Annual administration report of the Civil Veterinary Department of India - 1895-1896
Year: 1895
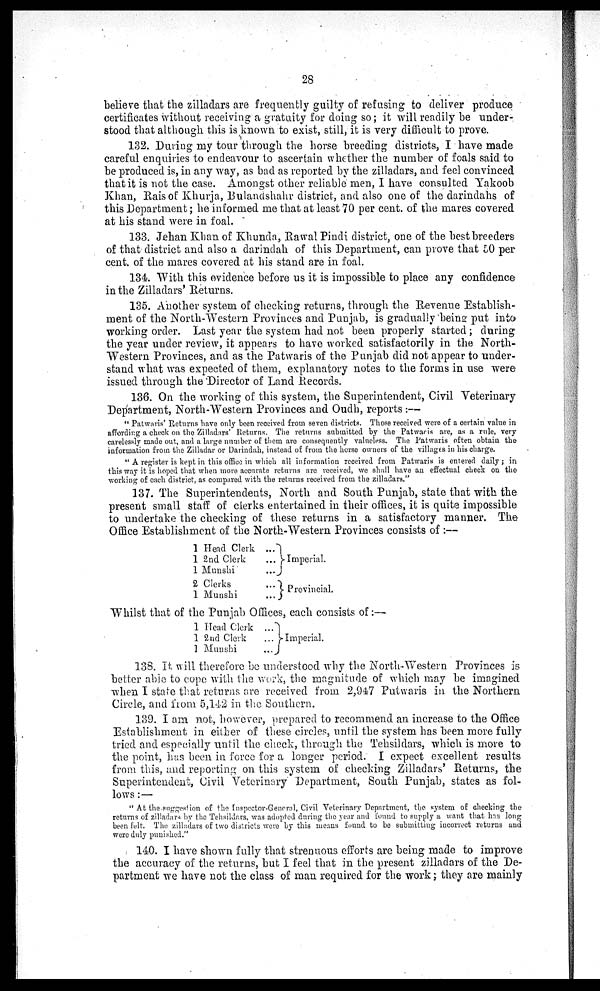
28
believe that the zilladars are frequently guilty of refusing to deliver produce
certificates without receiving a gratuity for doing so; it will readily be under-
stood that although this is known to exist, still, it is very difficult to prove.
132. During my tour through the horse breeding districts, I have made
careful enquiries to endeavour to ascertain whether the number of foals said to
be produced is, in any way, as bad as reported by the zilladars, and feel convinced
that it is not the case. Amongst other reliable men, I have consulted Yakoob
Khan, Rais of Khurja, Bulandshahr district, and also one of the darindahs of
this Department; he informed me that at least 70 per cent. of the mares covered
at his stand were in foal.
133. Jehan Khan of Khunda, Rawal Pindi district, one of the best breeders
of that district and also a darindah of this Department, can prove that 50 per
cent. of the mares covered at his stand are in foal.
134. With this evidence before us it is impossible to place any confidence
in the Zilladars' Returns.
135. Another system of checking returns, through the Revenue Establish-
ment of the North-Western Provinces and Punjab, is gradually being put into
working order. Last year the system had not been properly started; during
the year under review, it appears to have worked satisfactorily in the North-
Western Provinces, and as the Patwaris of the Punjab did not appear to under-
stand what was expected of them, explanatory notes to the forms in use were
issued through the Director of Land Records.
136. On the working of this system, the Superintendent, Civil Veterinary
Department, North-Western Provinces and Oudh, reports:—
"Patwaris' Returns have only been received from seven districts. Those received were of a certain value in
affording a check on the Zilladars' Returns. The returns submitted by the Patwaris are, as a rule, very
carelessly made out, and a large number of them are consequently valueless. The Patwaris often obtain the
information from the Zilladar or Darindah, instead of from the horse owners of the villages in his charge.
"A register is kept in this office in which all information received from Patwaris is entered daily; in
this way it is hoped that when more accurate returns are received, we shall have an effectual check on the
working of each district, as compared with the returns received from the zilladars."
137. The Superintendents, North and South Punjab, state that with the
present small staff of clerks entertained in their offices, it is quite impossible
to undertake the checking of these returns in a satisfactory manner. The
Office Establishment of the North-Western Provinces consists of:—
1 Head Clerk
1 2nd Clerk
1 Munshi
2 Clerks
1 Munshi
... ...
...
...
...
Imperial.
Provincial.
Whilst that of the Punjab Offices, each consists of:—
1 Head Clerk
1 2nd Clerk
Munshi
... ...
...
Imperial.
138. It will therefore be understood why the North-Western Provinces is
better able to cope with the work, the magnitude of which may be imagined
when I state that returns are received from 2,947 Putwaris in the Northern
Circle, and from 5,142 in the Southern.
139. I am not, however, prepared to recommend an increase to the Office
Establishment in either of these circles, until the system has been more fully
tried and especially until the check, through the Tehsildars, which is more to
the point, has been in force for a longer period. I expect excellent results
from this, and reporting on this system of checking Zilladars' Returns, the
Superintendent, Civil Veterinary Department, South Punjab, states as fol-
lows:—
"At the suggestion of the Inspector-General, Civil Veterinary Department, the system of checking the
returns of zilladars by the Tehsildars, was adopted during the year and found to supply a want that has long
been felt. The zilladars of two districts were by this means found to be submitting incorrect returns and
were duly punished."
140. I have shown fully that strenuous efforts are being made to improve
the accuracy of the returns, but I feel that in the present zilladars of the De-
partment we have not the class of man required for the work; they are mainly